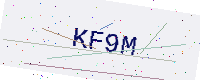
Text: KF9M